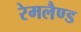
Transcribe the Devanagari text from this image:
रेमलैण्ड